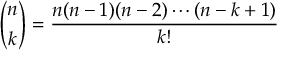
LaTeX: { \binom { n } { k } } = { \frac { n ( n - 1 ) ( n - 2 ) \cdots ( n - k + 1 ) } { k ! } }